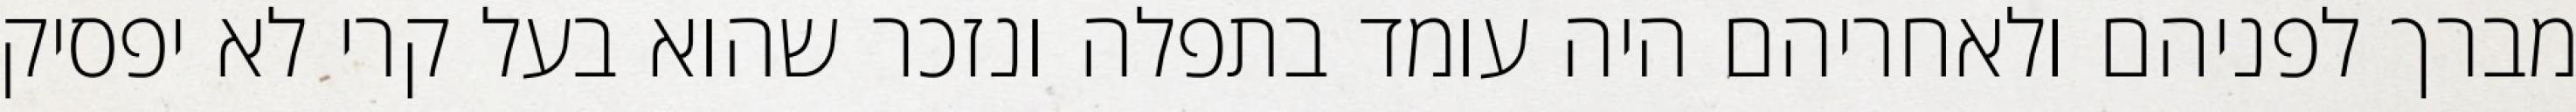
מברך לפניהם ולאחריהם היה עומד בתפלה ונזכר שהוא בעל קרי לא יפסיק